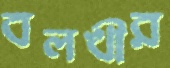
বলখীর